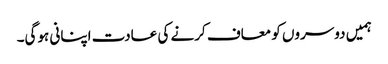
ہمیں دوسروں کو معاف کرنے کی عادت اپنانی ہوگی۔